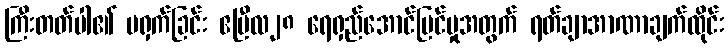
ကြီးတတ်ပါ၏ မရှက်ခြင်း ဧပြီလ၂၈ ရေရှည်အောင်မြင်မှုအတွက် ရတ်ချာအာဏာချက်ထိုင်း